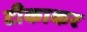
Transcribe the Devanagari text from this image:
टीकाकर